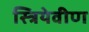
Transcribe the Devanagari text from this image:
स्त्रियेवीण